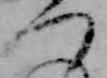
つ